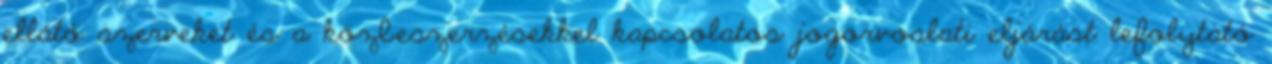
ellátó szerveket és a közbeszerzésekkel kapcsolatos jogorvoslati eljárást lefolytató